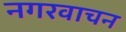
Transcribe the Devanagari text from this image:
नगरवाचन